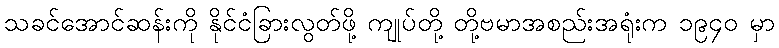
သခင်အောင်ဆန်းကို နိုင်ငံခြားလွတ်ဖို့ ကျုပ်တို့ တို့ဗမာအစည်းအရုံးက ၁၉၄၀ မှာ